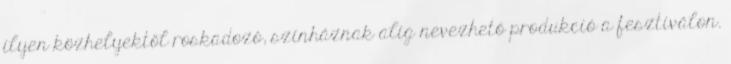
ilyen közhelyektől roskadozó, színháznak alig nevezhető produkció a fesztiválon.